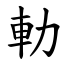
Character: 䡃